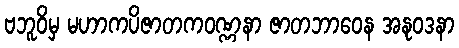
ဗဘူဝိမှ မဟာကပိဇာတကဝဏ္ဏနာ ဇာတဘာဝေန အနုဝဒနာ